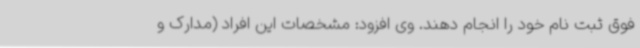
فوق ثبت نام خود را انجام دهند. وی افزود: مشخصات این افراد (مدارک و